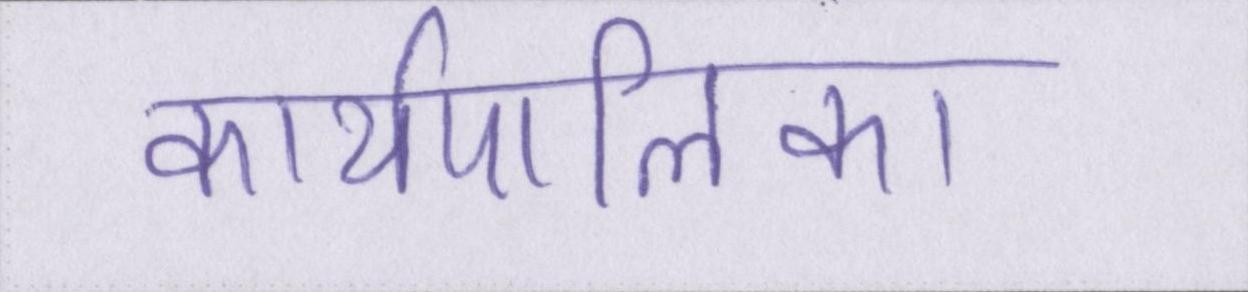
कार्यपालिका